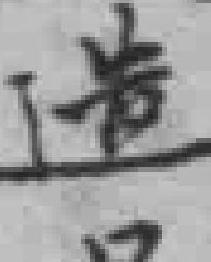
造